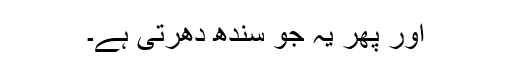
اور پھر یہ جو سندھ دھرتی ہے۔